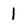
Character: I